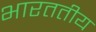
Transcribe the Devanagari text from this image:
भारततीय